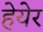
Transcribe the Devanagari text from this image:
हेयेर